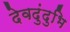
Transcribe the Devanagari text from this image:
देवदुंदुभि